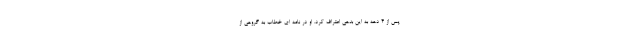
پس از ۴ دهه به این بدهی اعتراف کرد. او در نامه ای خطاب به گروهی از